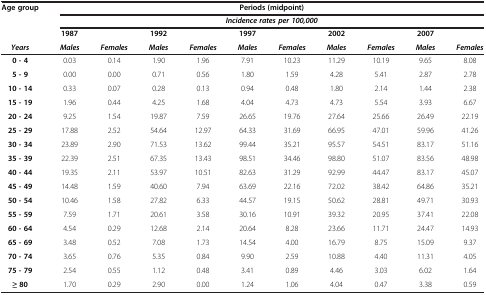
<table><thead><tr><td rowspan="2"><b>Age group</b></td><td colspan="10"><b>Periods (midpoint)</b></td></tr><tr><td colspan="10"><b><i>Incidence rates per 100,000</i></b></td></tr><tr><td><b> </b></td><td><b>1987</b></td><td><b> </b></td><td><b>1992</b></td><td><b> </b></td><td><b>1997</b></td><td><b> </b></td><td><b>2002</b></td><td><b> </b></td><td><b>2007</b></td><td><b> </b></td></tr><tr><td><b><i>Years</i></b></td><td><b><i>Males</i></b></td><td><b><i>Females</i></b></td><td><b><i>Males</i></b></td><td><b><i>Females</i></b></td><td><b><i>Males</i></b></td><td><b><i>Females</i></b></td><td><b><i>Males</i></b></td><td><b><i>Females</i></b></td><td><b><i>Males</i></b></td><td><b><i>Females</i></b></td></tr></thead><tbody><tr><td><b>0 - 4</b></td><td>0.03</td><td>0.14</td><td>1.90</td><td>1.96</td><td>7.91</td><td>10.23</td><td>11.29</td><td>10.19</td><td>9.65</td><td>8.08</td></tr><tr><td><b>5 - 9</b></td><td>0.00</td><td>0.00</td><td>0.71</td><td>0.56</td><td>1.80</td><td>1.59</td><td>4.28</td><td>5.41</td><td>2.87</td><td>2.78</td></tr><tr><td><b>10 - 14</b></td><td>0.33</td><td>0.07</td><td>0.28</td><td>0.13</td><td>0.94</td><td>0.48</td><td>1.80</td><td>2.14</td><td>1.44</td><td>2.38</td></tr><tr><td><b>15 - 19</b></td><td>1.96</td><td>0.44</td><td>4.25</td><td>1.68</td><td>4.04</td><td>4.73</td><td>4.73</td><td>5.54</td><td>3.93</td><td>6.67</td></tr><tr><td><b>20 - 24</b></td><td>9.25</td><td>1.54</td><td>19.87</td><td>7.59</td><td>26.65</td><td>19.76</td><td>27.64</td><td>25.66</td><td>26.49</td><td>22.19</td></tr><tr><td><b>25 - 29</b></td><td>17.88</td><td>2.52</td><td>54.64</td><td>12.97</td><td>64.33</td><td>31.69</td><td>66.95</td><td>47.01</td><td>59.96</td><td>41.26</td></tr><tr><td><b>30 - 34</b></td><td>23.89</td><td>2.90</td><td>71.53</td><td>13.62</td><td>99.44</td><td>35.21</td><td>95.57</td><td>54.51</td><td>83.17</td><td>51.16</td></tr><tr><td><b>35 - 39</b></td><td>22.39</td><td>2.51</td><td>67.35</td><td>13.43</td><td>98.51</td><td>34.46</td><td>98.80</td><td>51.07</td><td>83.56</td><td>48.98</td></tr><tr><td><b>40 - 44</b></td><td>19.35</td><td>2.11</td><td>53.97</td><td>10.51</td><td>82.63</td><td>31.29</td><td>92.99</td><td>44.47</td><td>83.17</td><td>45.07</td></tr><tr><td><b>45 - 49</b></td><td>14.48</td><td>1.59</td><td>40.60</td><td>7.94</td><td>63.69</td><td>22.16</td><td>72.02</td><td>38.42</td><td>64.86</td><td>35.21</td></tr><tr><td><b>50 - 54</b></td><td>10.46</td><td>1.58</td><td>27.82</td><td>6.33</td><td>44.57</td><td>19.15</td><td>50.62</td><td>28.81</td><td>49.71</td><td>30.93</td></tr><tr><td><b>55 - 59</b></td><td>7.59</td><td>1.71</td><td>20.61</td><td>3.58</td><td>30.16</td><td>10.91</td><td>39.32</td><td>20.95</td><td>37.41</td><td>22.08</td></tr><tr><td><b>60 - 64</b></td><td>4.54</td><td>0.29</td><td>12.68</td><td>2.14</td><td>20.64</td><td>8.28</td><td>23.66</td><td>11.71</td><td>24.47</td><td>14.93</td></tr><tr><td><b>65 - 69</b></td><td>3.48</td><td>0.52</td><td>7.08</td><td>1.73</td><td>14.54</td><td>4.00</td><td>16.79</td><td>8.75</td><td>15.09</td><td>9.37</td></tr><tr><td><b>70 - 74</b></td><td>3.65</td><td>0.76</td><td>5.35</td><td>0.84</td><td>9.90</td><td>2.59</td><td>10.88</td><td>4.40</td><td>11.31</td><td>4.05</td></tr><tr><td><b>75 - 79</b></td><td>2.54</td><td>0.55</td><td>1.12</td><td>0.48</td><td>3.41</td><td>0.89</td><td>4.46</td><td>3.03</td><td>6.02</td><td>1.64</td></tr><tr><td><b>≥ 80</b></td><td>1.70</td><td>0.29</td><td>2.90</td><td>0.00</td><td>1.24</td><td>1.06</td><td>4.04</td><td>0.47</td><td>3.38</td><td>0.59</td></tr></tbody></table>